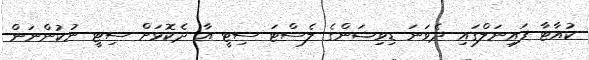
ކުއާޓާ ފައިނަލްގައި ދެވަނަ ޑިވިޝަންގެ ލެސްޓަ ސިޓީ އާ ދެކޮޅަށް ސިޓީ ނުކުންނަން